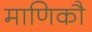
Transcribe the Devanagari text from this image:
माणिकौ